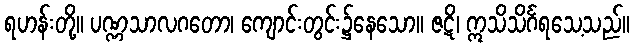
ရဟန်းတို့။ ပဏ္ဏသာလဂတော၊ ကျောင်းတွင်း၌နေသော။ ဇဋိ၊ ဣသိသိင်္ဂရသေ့သည်။